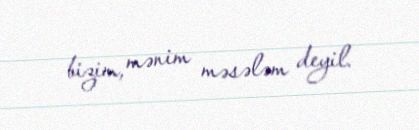
bizim, mənim məsələm deyil.